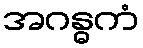
အဂန္ဓကံ